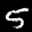
Label: 5